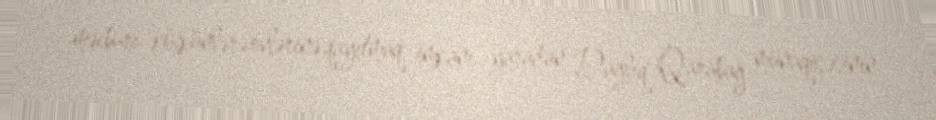
məcburi köçkünlərə evlərinə qayıtmaq imkanı yaradan Dağlıq Qarabağ münaqişəsinin